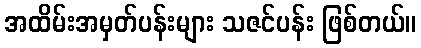
အထိမ်းအမှတ်ပန်းများ သဇင်ပန်း ဖြစ်တယ်။